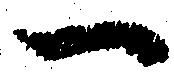
一